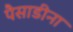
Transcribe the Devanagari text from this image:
पैसाडीना